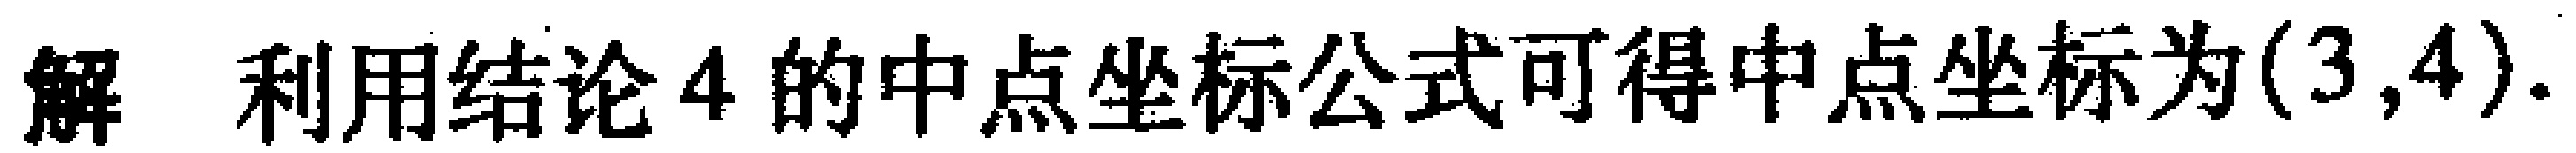
解 利用结论4的中点坐标公式可得中点坐标为\((3,4)\).